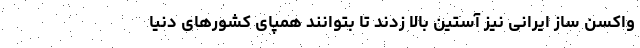
واکسن ساز ایرانی نیز آستین بالا زدند تا بتوانند همپای کشورهای دنیا